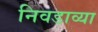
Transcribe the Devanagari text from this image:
निवडाव्या